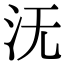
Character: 𣲘